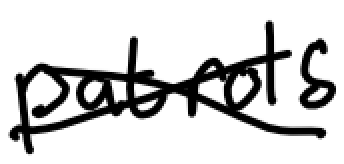
Text: patrols
Cross-out: cross
Writing tool: digital_black